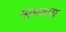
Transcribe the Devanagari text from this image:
माध्यास